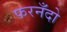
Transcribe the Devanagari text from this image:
फरनँदो